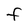
Character: F